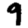
Digit: 9